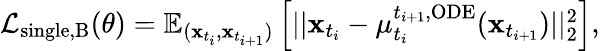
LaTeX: \begin{array}{r}{\mathcal{L}_{\mathrm{single,B}}(\theta)=\mathbb{E}_{(\mathbf{x}_{t_{i}},\mathbf{x}_{t_{i+1}})}\left[||\mathbf{x}_{t_{i}}-\mu_{t_{i}}^{t_{i+1},\mathrm{ODE}}(\mathbf{x}_{t_{i+1}})||_{2}^{2}\right],}\end{array}